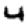
Digit: 4